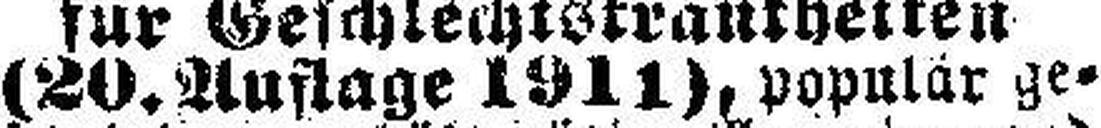
(20. Auflage 1911), populär ge¬